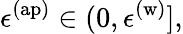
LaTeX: \epsilon^{\mathrm{(ap)}}\in(0,\epsilon^{\mathrm{(w)}}],